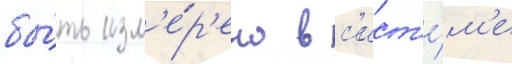
бы́ть изм'е́р'ено в с'ист'е́м'е